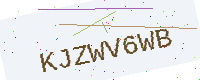
Text: KJZWV6WB